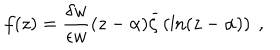
LaTeX: f ( z ) = \frac { \delta w } { \epsilon w } ( z - \alpha ) \bar { \zeta } \left( \ln ( z - \alpha ) \right) \ ,